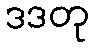
ဒဒတု